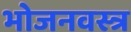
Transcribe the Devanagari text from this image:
भोजनवस्त्र